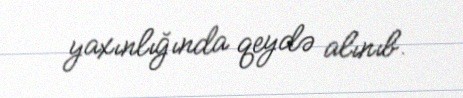
yaxınlığında qeydə alınıb.